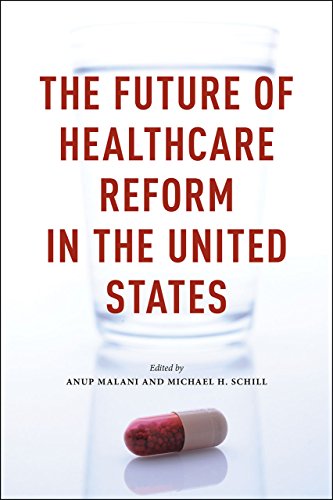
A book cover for The Future of Healthcare Reform in the United States; Medical Books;